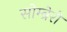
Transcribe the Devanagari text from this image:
सोम्ब्रेरो